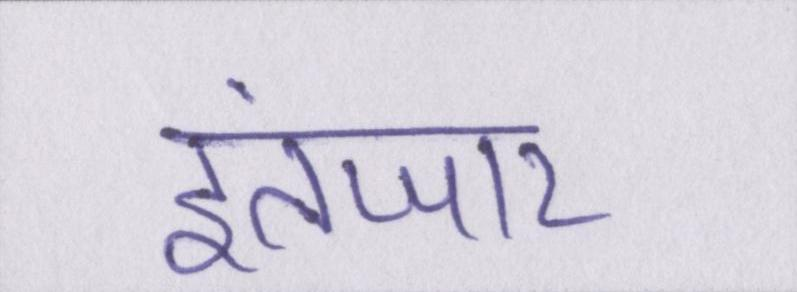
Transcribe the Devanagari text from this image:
इंतजार